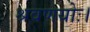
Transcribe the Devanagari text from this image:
श्रवणयोः।